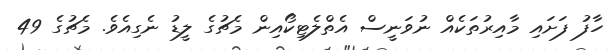
ހާފު ފަށައި މާއިރުތަކެއް ނުވަނީސް އެތްލެޓިކޯއިން މެޗުގެ ލީޑު ނެގިއެވެ. މެޗުގެ 49